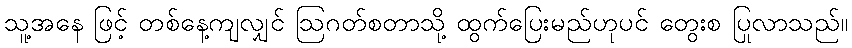
သူ့အနေ ဖြင့် တစ်နေ့ကျလျှင် ဩဂတ်စတာသို့ ထွက်ပြေးမည်ဟုပင် တွေးစ ပြုလာသည်။